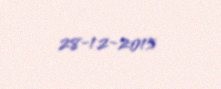
28-12-2015